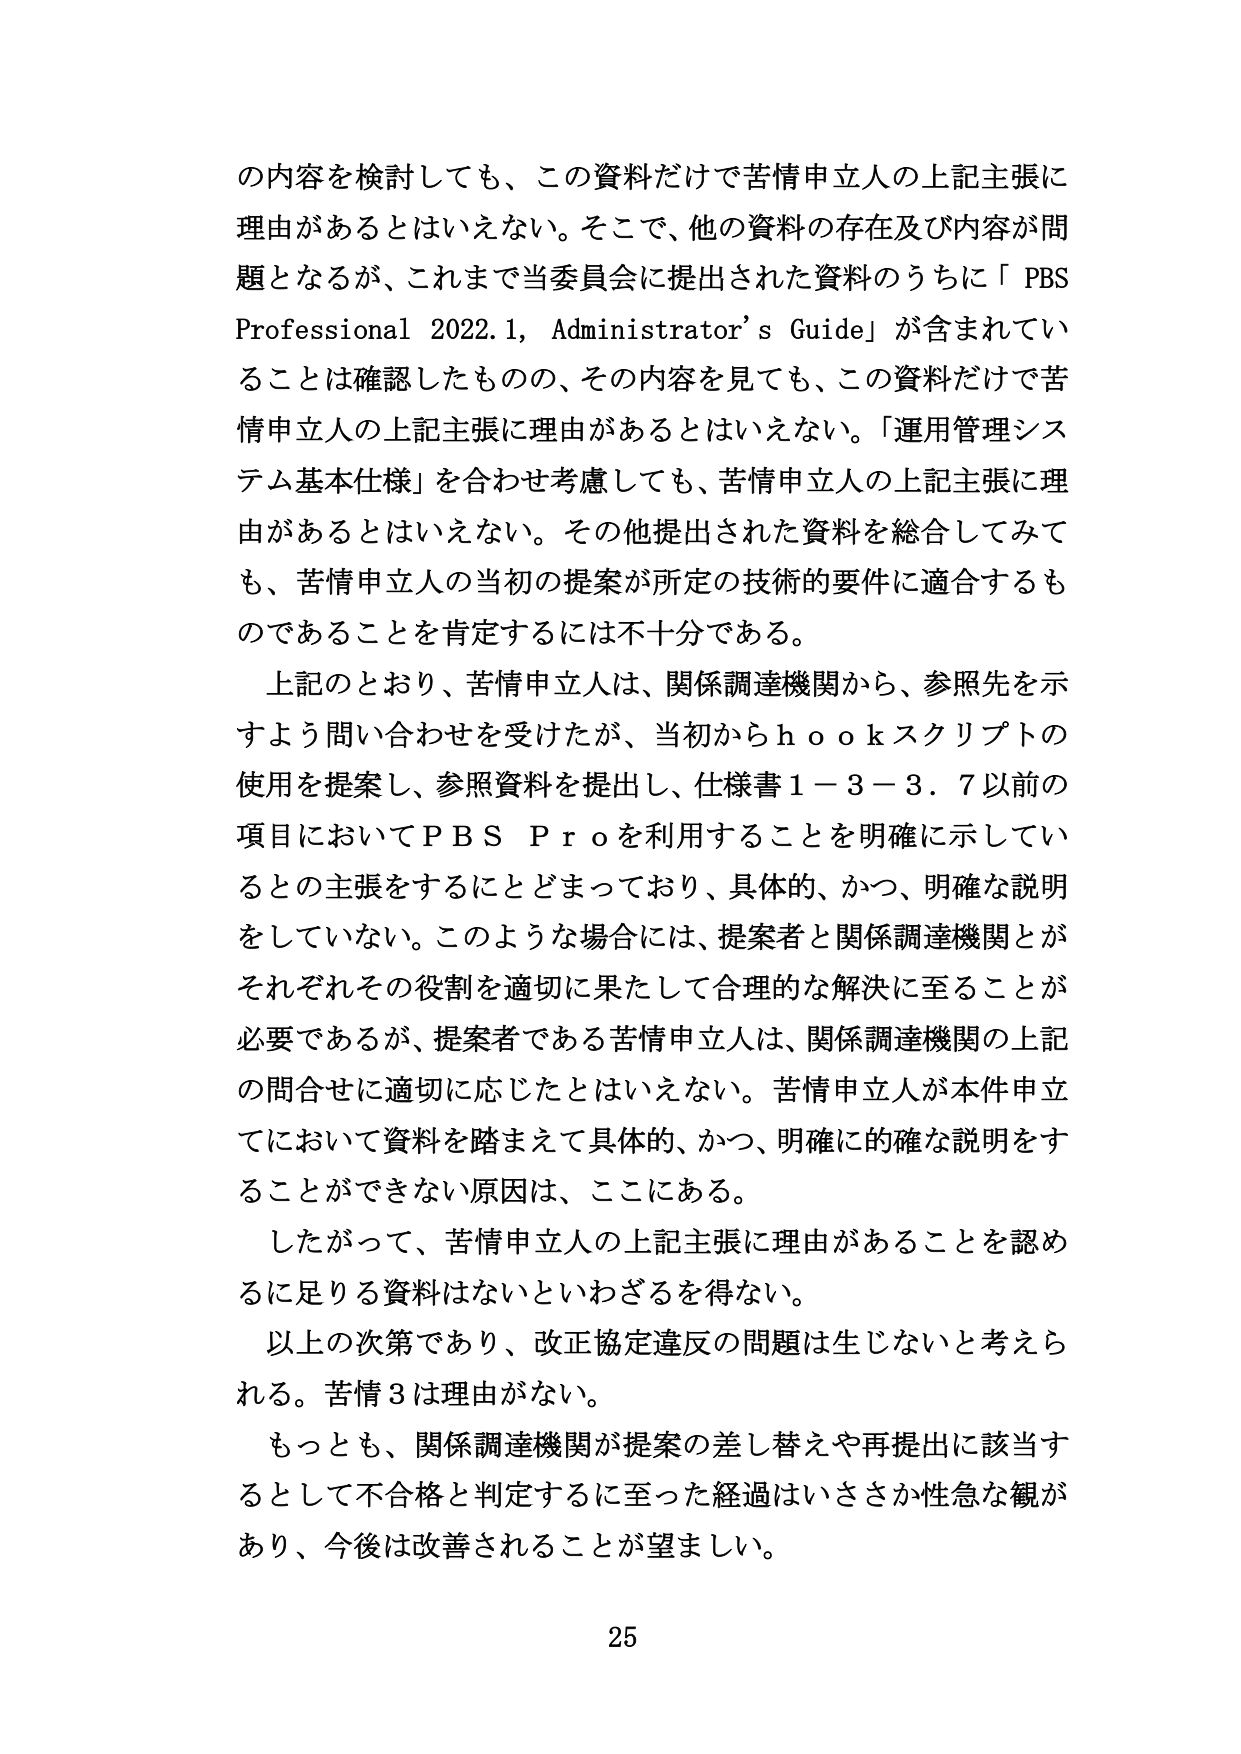
の内容を検討しても、この資料だけで苦情申立人の上記主張に理由があるとはいえない。そこで、他の資料の存在及び内容が問題となるが、これまで当委員会に提出された資料のうちに「PBS Professional 2022.1, Administrator’s Guide」が含まれていることは確認したものの、その内容を見ても、この資料だけで苦情申立人の上記主張に理由があるとはいえない。「運用管理システム基本仕様」を合わせ考慮しても、苦情申立人の上記主張に理由があるとはいえない。その他提出された資料を総合してみても、苦情申立人の当初の提案が所定の技術的要件に適合するものであることを肯定するには不十分である。

上記のとおり、苦情申立人は、関係調達機関から、参照先を示すよう問い合わせを受けたが、当初からｈｏｏｋスクリプトの使用を提案し、参照資料を提出し、仕様書１－３－３．７以前の項目においてＰＢＳＰｒｏを利用することを明確に示しているとの主張をするにとどまっており、具体的、かつ、明確な説明をしていない。このような場合には、提案者と関係調達機関とがそれぞれその役割を適切に果たして合理的な解決に至ることが必要であるが、提案者である苦情申立人は、関係調達機関の上記の問合せに適切に応じたとはいえない。苦情申立人が本件申立てにおいて資料を踏まえて具体的、かつ、明確に的確な説明をすることができない原因は、ここにある。

したがって、苦情申立人の上記主張に理由があることを認めるに足りる資料はないといわざるを得ない。

以上の次第であり、改正協定違反の問題は生じないと考えられる。苦情３は理由がない。

もっとも、関係調達機関が提案の差し替えや再提出に該当するとして不合格と判定するに至った経過はいささか性急な観があり、今後は改善されることが望ましい。

25